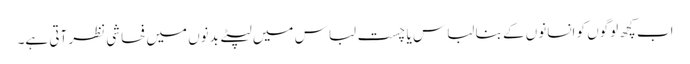
اب کچھ لوگوں کو انسانوں کے بنا لباس یا چست لباس میں لپٹے بدنوں میں فحاشی نظر آتی ہے۔